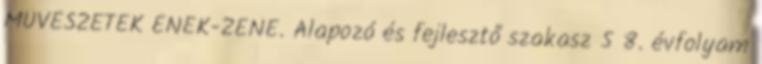
MŰVÉSZETEK ÉNEK-ZENE. Alapozó és fejlesztő szakasz 5 8. évfolyam